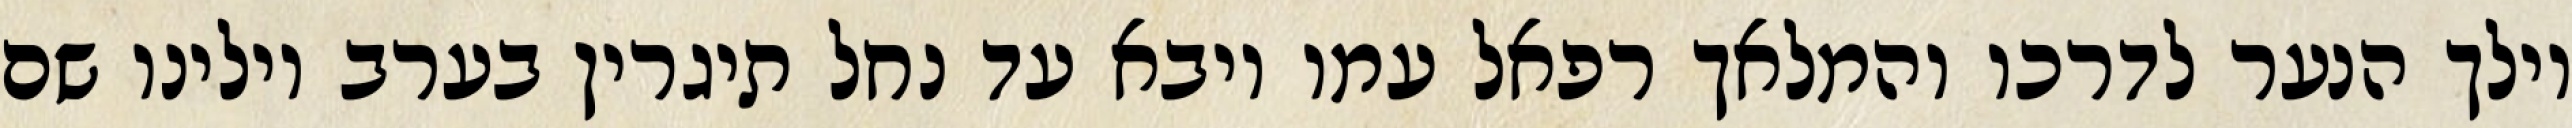
וילך הנער לדרכו והמלאך רפאל עמו ויבא עד נחל תיגרין בערב וילינו שם